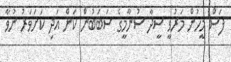
ފަސް މީހުން މަރުވީ ސީދާ ސުނާމީގެ ސަބަބުން ކަން އަދި ކަށަވަރު ނުވާ